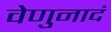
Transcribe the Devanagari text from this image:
वेणुनादं